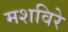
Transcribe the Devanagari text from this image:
मशविरे